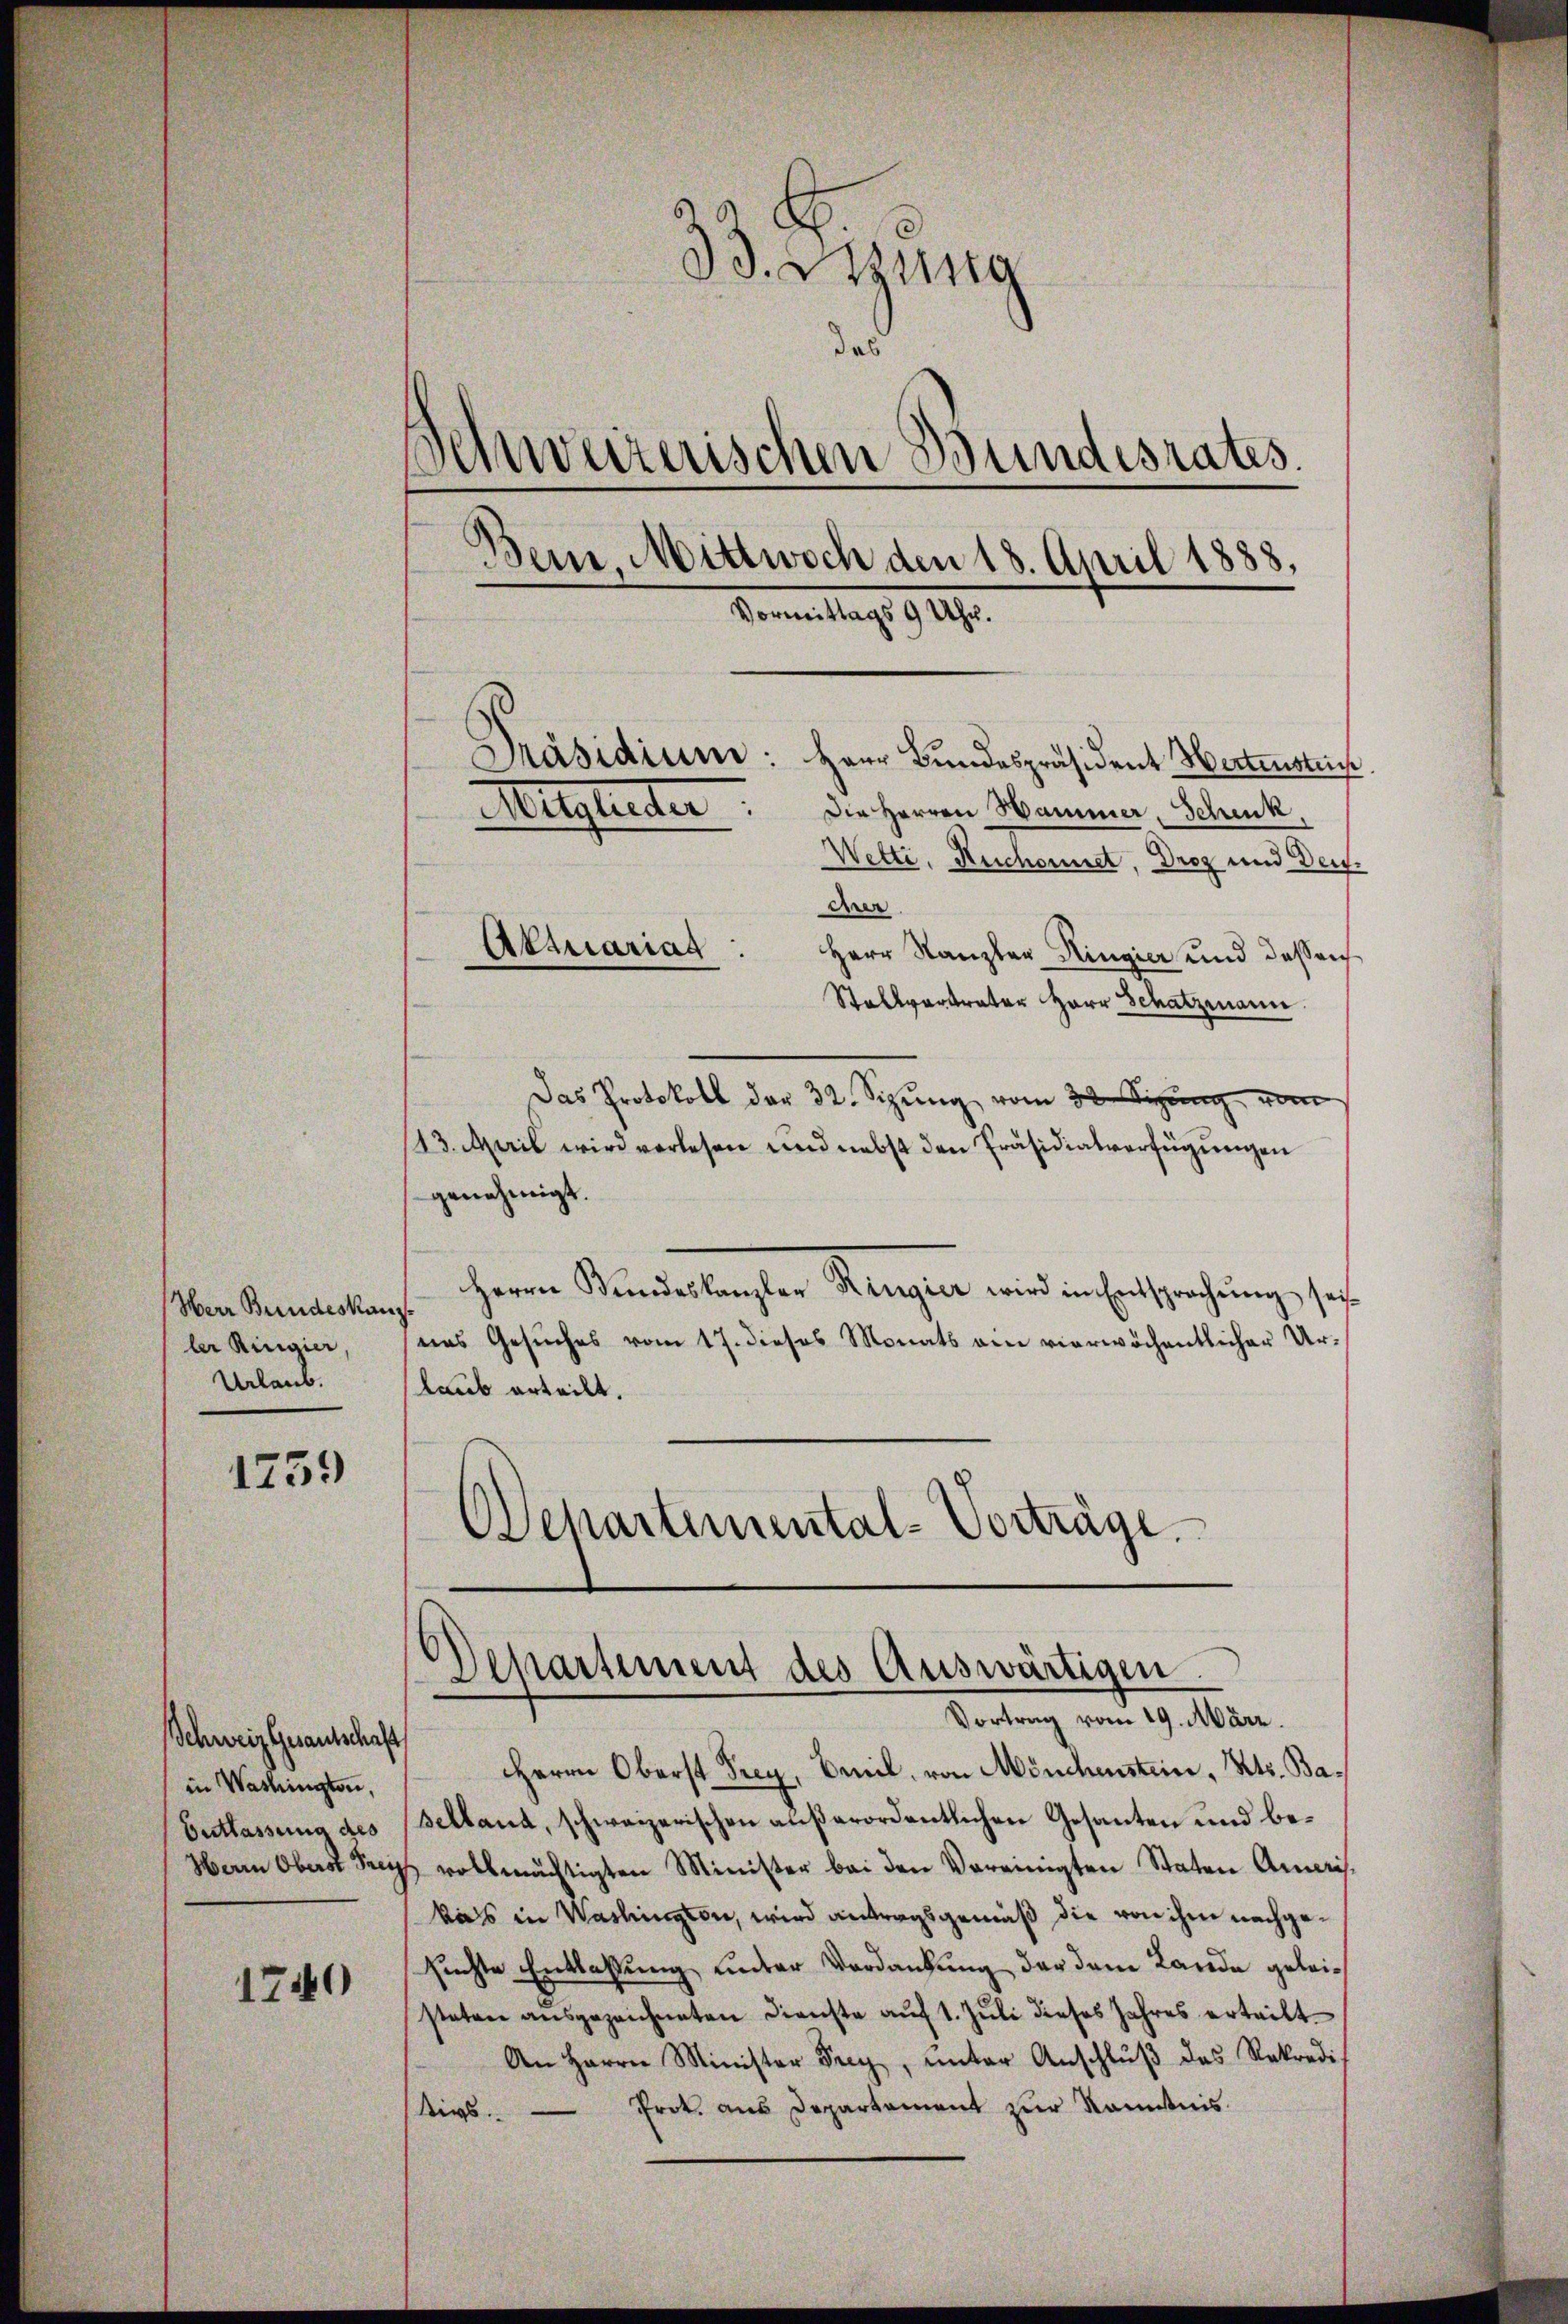
Herr Bundeskan
ler Ringier,
Urlaub.

1759

Schweiz. Gesantschaft
in Washington,
Entlassung des

1740

Bung
dad
Schweizerischen Bundesrates.
Bein, Mittwoch den 18. April 1888,
Vormittags 9 Uhr.
Präsidium:
Herr Bundespräsident Hertenstüc
Mergleiter
Die Herren Hammer, Schenk,
Wette, Ruchonnet, Droz und Deut.

der
Herr Kanzler Ringier und dass nich
Stallvertrater Herr Schatzmann.
Das Protokoll der 32. Sizŭng vom 30. Sizŭng vom
43. Mail wird verlesen und nebst den Präsidialverfügungen
genehmigt.
Herrn Stundeskanzler Ringier wird in Entsprechung, sei
nes Gesuches vom 17. dieses Monats ein vierwöchentlicher Urlaub erteilt.
Departemental-Vorträge.

Attuariat

¬
Departement des Auswärtigen.
Vortrag vom 19. März.

Herrn Oberst Frey, Beil, von Mönchenstein, Kts. Ba¬
Selland, schweizerischen außerordentlichen Gesanten und be¬
Herrn Oberst Frey vollmächtigten Minister bei den Vereinigten Staten Amris.
kals in Washington, wird antragsgemäß die von ihm nachgesuchte Entlassung unter Verdankung der dem Lande geleisteten aŭsgezeichneten Dienste aŭf 1. Jŭli dieses Jahres erteilt.
An Herrn Minister Frey, unter Anschlŭβ des Rekredi
Prok. aus Departement zur Kenntnis
Kirs